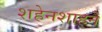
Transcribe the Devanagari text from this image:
शहेनशाहने